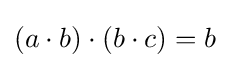
(a\cdot b)\cdot (b\cdot c)=b